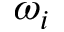
\omega _ { i }